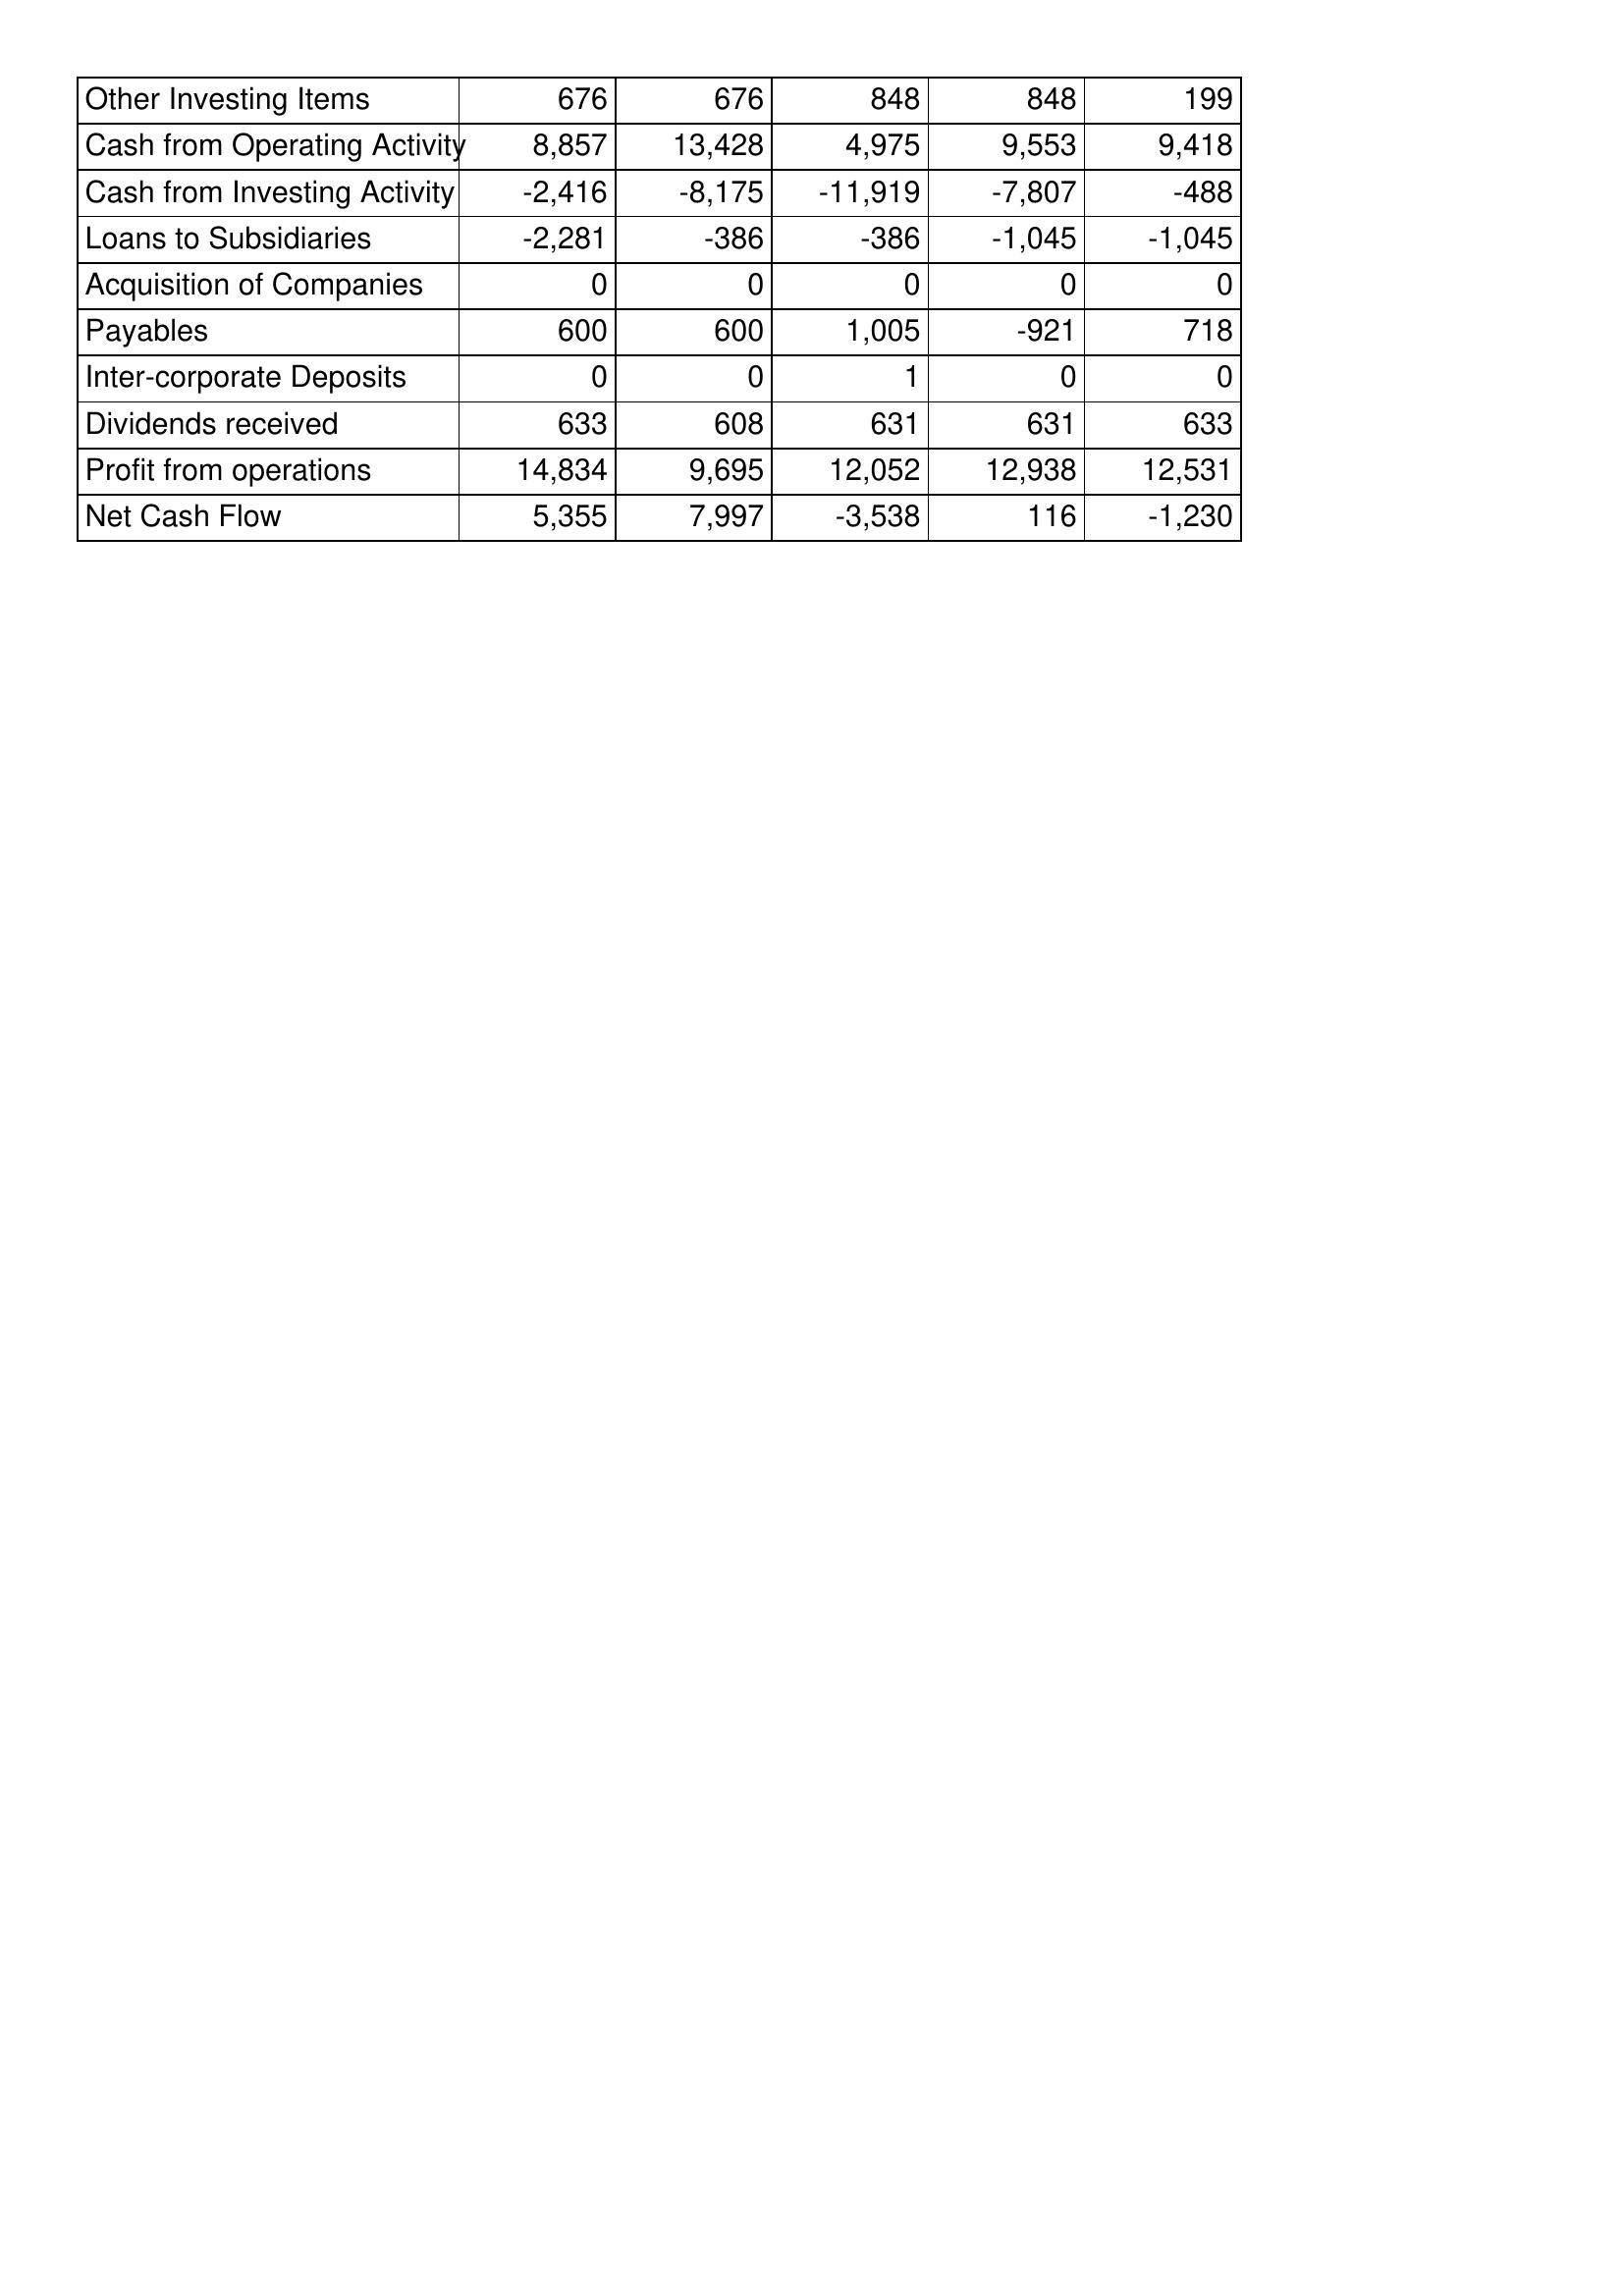
May-01: Cash Flows: Other Investing Items: 676
Cash from Operating Activity: 8,857
Cash from Investing Activity: -2,416
Loans to Subsidiaries: -2,281
Acquisition of Companies: 0
Payables: 600
Inter-corporate Deposits: 0
Dividends received: 633
Profit from operations: 14,834
Net Cash Flow: 5,355
May-00: Cash Flows: Other Investing Items: 676
Cash from Operating Activity: 13,428
Cash from Investing Activity: -8,175
Loans to Subsidiaries: -386
Acquisition of Companies: 0
Payables: 600
Inter-corporate Deposits: 0
Dividends received: 608
Profit from operations: 9,695
Net Cash Flow: 7,997
May-99: Cash Flows: Other Investing Items: 848
Cash from Operating Activity: 4,975
Cash from Investing Activity: -11,919
Loans to Subsidiaries: -386
Acquisition of Companies: 0
Payables: 1,005
Inter-corporate Deposits: 1
Dividends received: 631
Profit from operations: 12,052
Net Cash Flow: -3,538
May-98: Cash Flows: Other Investing Items: 848
Cash from Operating Activity: 9,553
Cash from Investing Activity: -7,807
Loans to Subsidiaries: -1,045
Acquisition of Companies: 0
Payables: -921
Inter-corporate Deposits: 0
Dividends received: 631
Profit from operations: 12,938
Net Cash Flow: 116
May-97: Cash Flows: Other Investing Items: 199
Cash from Operating Activity: 9,418
Cash from Investing Activity: -488
Loans to Subsidiaries: -1,045
Acquisition of Companies: 0
Payables: 718
Inter-corporate Deposits: 0
Dividends received: 633
Profit from operations: 12,531
Net Cash Flow: -1,230